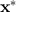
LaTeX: \mathbf { x } ^ { * }